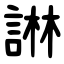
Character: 諃